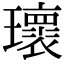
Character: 瓌